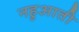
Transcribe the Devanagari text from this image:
नहुआती